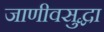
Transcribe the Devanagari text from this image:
जाणीवसुद्धा